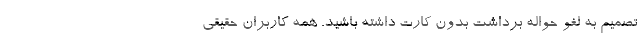
تصمیم به لغو حواله برداشت بدون کارت داشته باشید. همه کاربران حقیقی